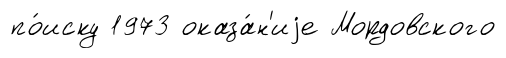
по́иску 1973 оказа́н'иjе Мордовского